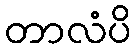
တာလံပိ